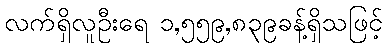
လက်ရှိလူဦးရေ ၁,၅၅၉,၈၃၉ခန့်ရှိသဖြင့်